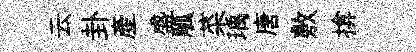
云卦産盛觚菜瑀唐敷揜